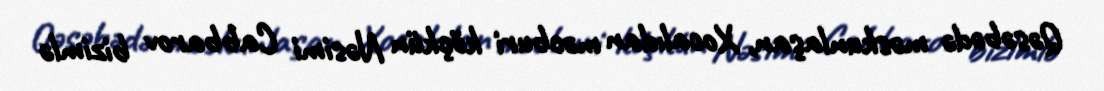
Qəsəbədə məskunlaşan, Xocalıdan məcburi köçkün Nəsimi Cabbarov bizimlə